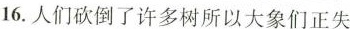
16.人们砍倒了许多树所以大象们正失